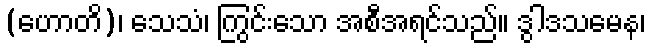
(ဟောတိ)၊ သေသံ၊ ကြွင်းသော အစီအရင်သည်။ ဒွါဒသမေန၊